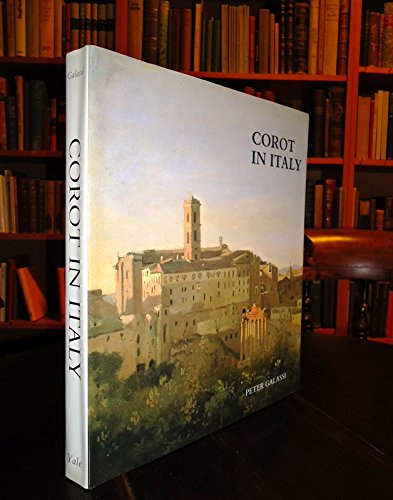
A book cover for Corot in Italy: Open-Air Painting and the Classical-Landscape Tradition; Peter Galassi; Travel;